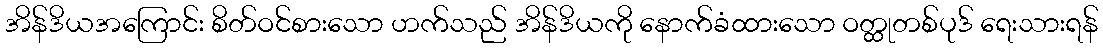
အိန်ဒိယအကြောင်း စိတ်ဝင်စားသော ဟက်သည် အိန်ဒိယကို နောက်ခံထားသော ဝတ္ထုတစ်ပုဒ် ရေးသားရန်